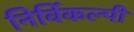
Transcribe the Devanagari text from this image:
निर्विकल्पी